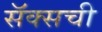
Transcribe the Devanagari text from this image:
सॅक्सची